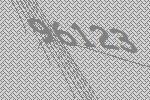
96123